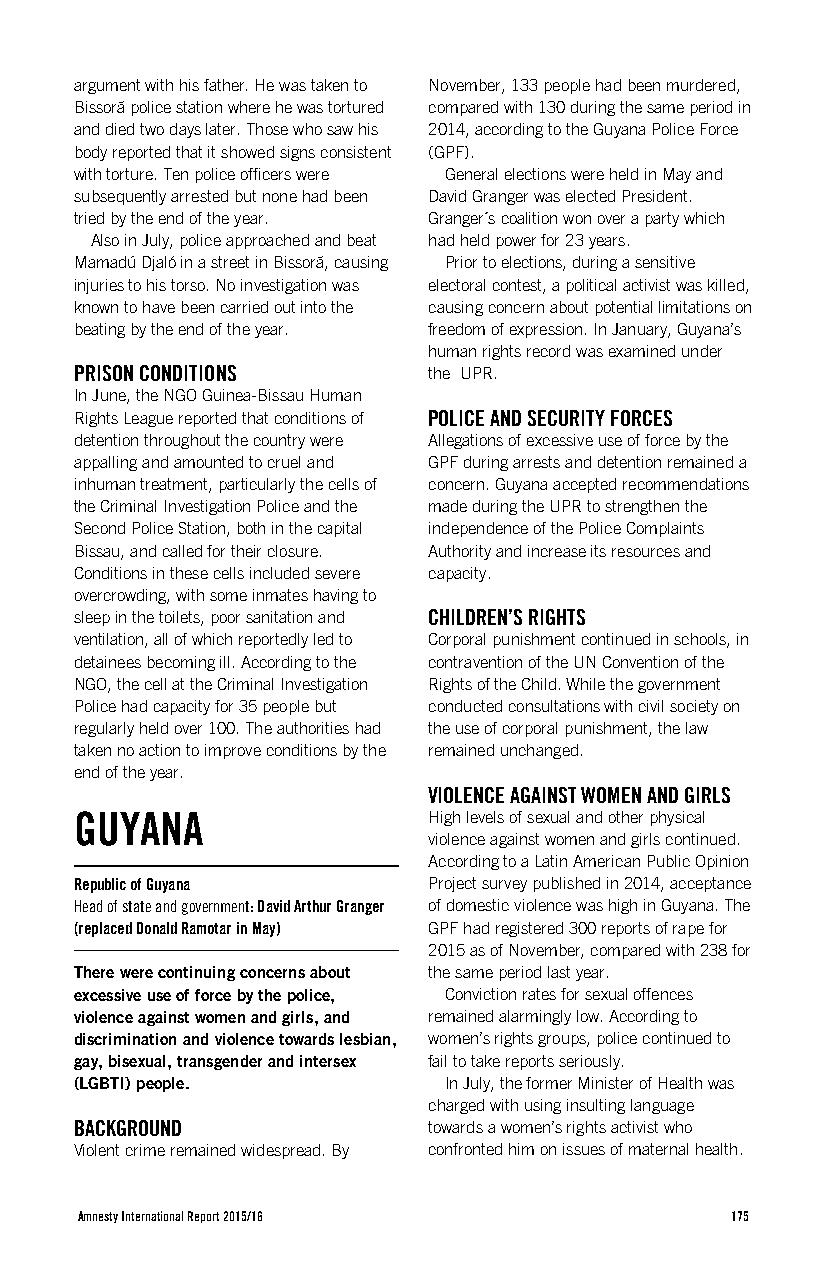
argument with his father. He was taken to November, 133 people had been murdered,
 Bissorã police station where he was tortured compared with 130 during the same period in
 and died two days later. Those who saw his 2014, according to the Guyana Police Force
 body reported that it showed signs consistent (GPF).
 with torture. Ten police officers were General elections were held in May and
 subsequently arrested but none had been David Granger was elected President.
 tried by the end of the year. Granger´s coalition won over a party which
 Also in July, police approached and beat had held power for 23 years.
 Mamadú Djaló in a street in Bissorã, causing Prior to elections, during a sensitive
 injuries to his torso. No investigation was electoral contest, a political activist was killed,
 known to have been carried out into the causing concern about potential limitations on
 beating by the end of the year. freedom of expression. In January, Guyana’s
 human rights record was examined under
 PRISON CONDITIONS      the UPR.
 In June, the NGO Guinea-Bissau Human
 Rights League reported that conditions of POLICE AND SECURITY FORCES
 detention throughout the country were Allegations of excessive use of force by the
 appalling and amounted to cruel and GPF during arrests and detention remained a
 inhuman treatment, particularly the cells of concern. Guyana accepted recommendations
 the Criminal Investigation Police and the made during the UPR to strengthen the
 Second Police Station, both in the capital independence of the Police Complaints
 Bissau, and called for their closure. Authority and increase its resources and
 Conditions in these cells included severe capacity.
 overcrowding, with some inmates having to
 sleep in the toilets, poor sanitation and CHILDREN’S RIGHTS
 ventilation, all of which reportedly led to Corporal punishment continued in schools, in
 detainees becoming ill. According to the contravention of the UN Convention of the
 NGO, the cell at the Criminal Investigation Rights of the Child. While the government
 Police had capacity for 35 people but conducted consultations with civil society on
 regularly held over 100. The authorities had the use of corporal punishment, the law
 taken no action to improve conditions by the remained unchanged.
 end of the year.
 VIOLENCE AGAINST WOMEN AND GIRLS
 GUYANA                 High levels of sexual and other physical
 violence against women and girls continued.
 According to a Latin American Public Opinion
 Republic of Guyana     Project survey published in 2014, acceptance
 Head of state and government: David Arthur Granger of domestic violence was high in Guyana. The
 (replaced Donald Ramotar in May) GPF had registered 300 reports of rape for
 2015 as of November, compared with 238 for
 There were continuing concerns about the same period last year.
 excessive use of force by the police, Conviction rates for sexual offences
 violence against women and girls, and remained alarmingly low. According to
 discrimination and violence towards lesbian, women’s rights groups, police continued to
 gay, bisexual, transgender and intersex fail to take reports seriously.
 (LGBTI) people.         In July, the former Minister of Health was
 charged with using insulting language
 BACKGROUND             towards a women’s rights activist who
 Violent crime remained widespread. By confronted him on issues of maternal health.
 Amnesty International Report 2015/16       175